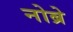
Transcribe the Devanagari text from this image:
नोब्रे